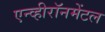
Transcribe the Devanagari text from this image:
एन्व्हीरॉनमेंटल